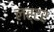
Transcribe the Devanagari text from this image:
लर्टर